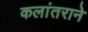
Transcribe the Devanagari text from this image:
कलांतराने